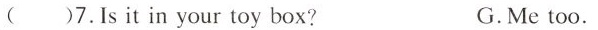
( )7.Is it in your toy box? G.Me too.